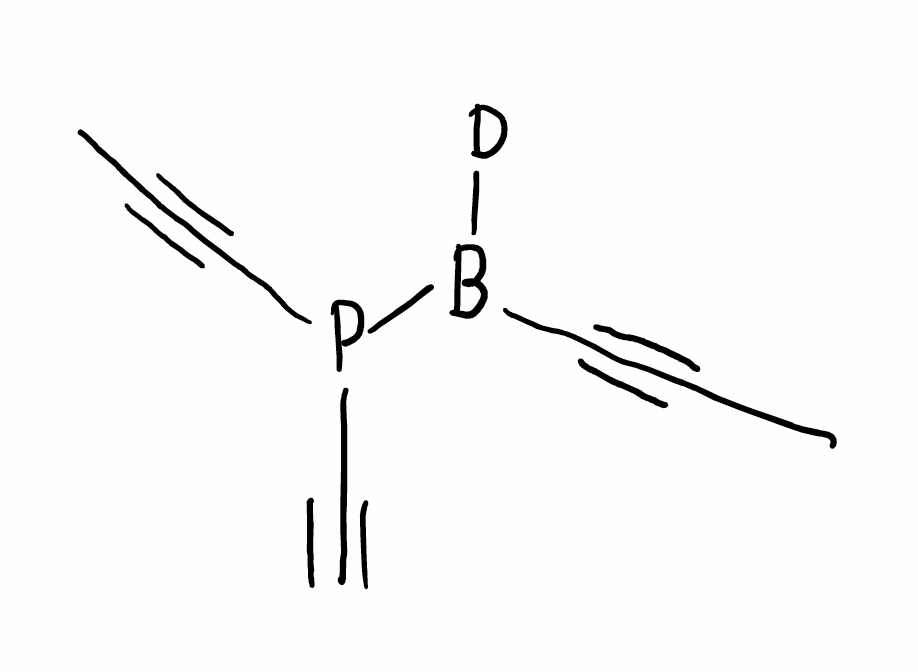
Simplified molecular-input line-entry system (SMILES) notation of the given molecule:
[2H]B(C#CC)P(C#C)C#CC